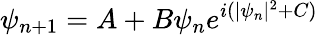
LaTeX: \psi_{n+1}=A+B\psi_{n}e^{i(|\psi_{n}|^{2}+C)}